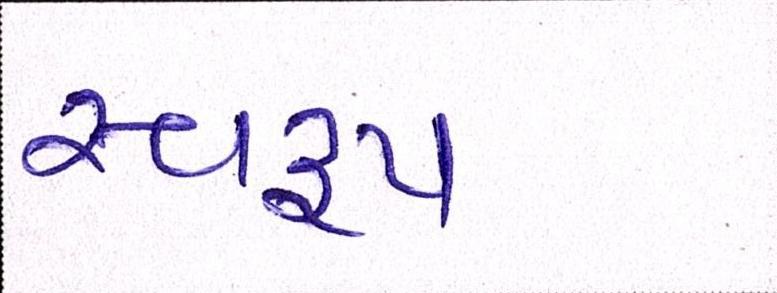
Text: સ્વરૃપ